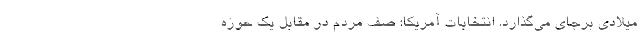
میلادی برجای می‌گذارد. انتخابات آمریکا: صف مردم در مقابل یک حوزه